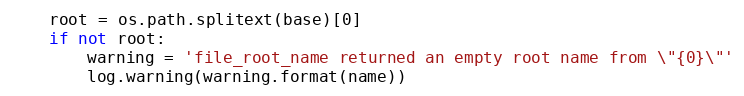
Language: Python
    root = os.path.splitext(base)[0]
    if not root:
        warning = 'file_root_name returned an empty root name from \"{0}\"'
        log.warning(warning.format(name))